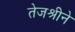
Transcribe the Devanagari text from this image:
तेजश्रीने